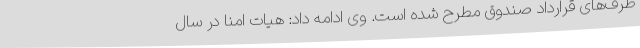
طرف‌های قرارداد صندوق مطرح شده است. وی ادامه داد: هیات امنا در سال